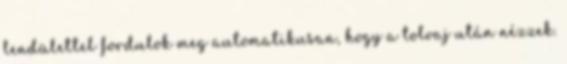
lendülettel fordulok meg automatikusan, hogy a tolvaj után nézzek.